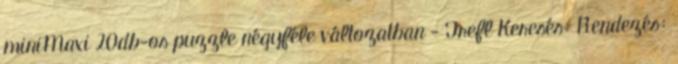
miniMaxi 20db-os puzzle négyféle változatban - Trefl Keresés: Rendezés: